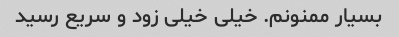
بسیار ممنونم. خیلی خیلی زود و سریع رسید